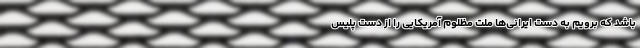
باشد که برویم به دست ایرانی‌ها ملت مظلوم آمریکایی را از دست پلیس